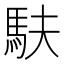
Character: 𫘆